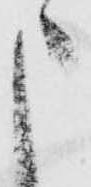
申